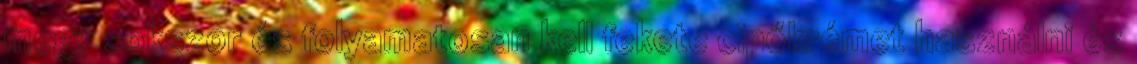
megy sokszor és folyamatosan kell fekete cipőkrémet használni és